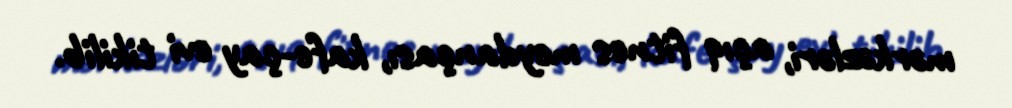
mərkəzləri, açıq fitnes meydançası, kafe-çay evi tikilib.